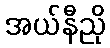
အယ်နီညို